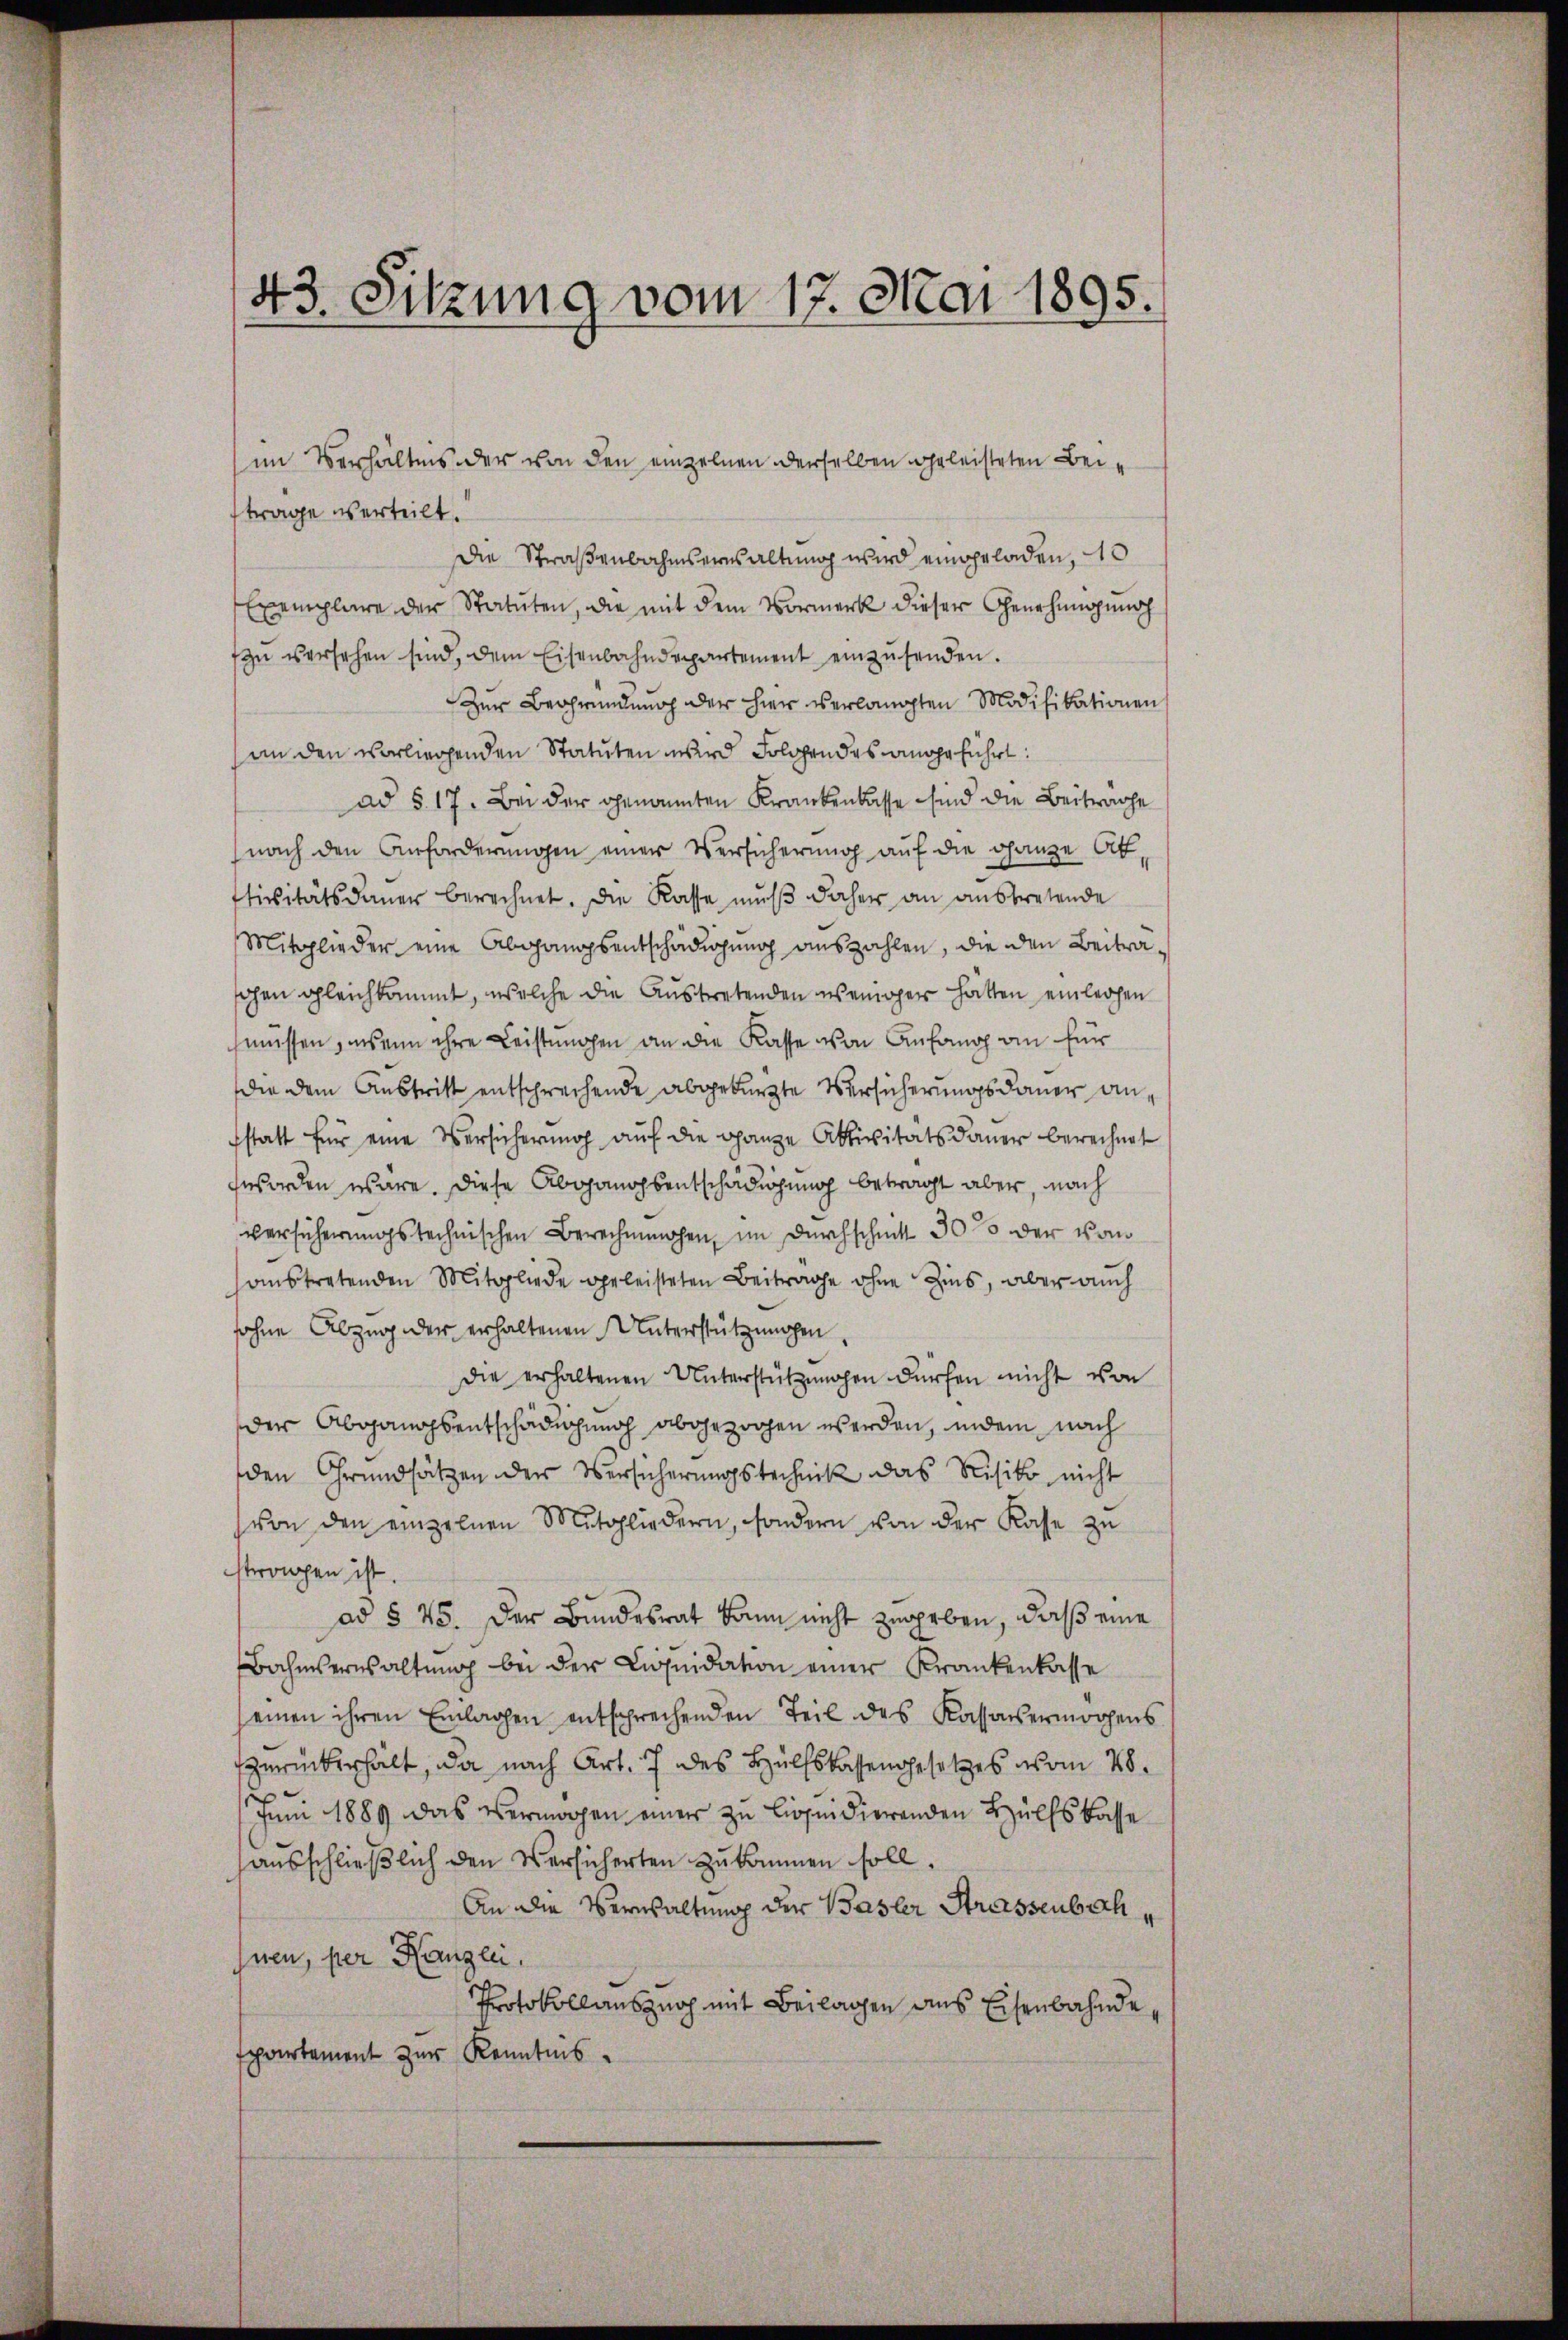
43. Sitzung vom 17. Mai 1895.

trage verteilt.
Die Straßenbahnsernsaltung wird eingeladen, 10
Exemplare der Statuten, die mit dem Vormerk dieser Genehmigung
zŭ versehen sind, dem Eisenbahndepartement einzŭsenden.
Zur Begründung der hier verlangten Modifikationen
an den vorliegenden Statuten wird Folgendes angeführt:
ad § 17. Bei der genannten Krankenkasse sind die Beitrage
nach den Anforderungen einer Versicherung auf die ganze Afstivitätsdaŭer berechnet. Die Kasse muß daher an ausbretende
Mitglieder eine Abgangsentschädigung auszahlen, die den Beitraschen gleichkommt, welche die Austretenden weniger hätten einleihen
müssen, insein ihre Leistungen an die Kasse von Anfang an für
die dem Austritt entschrechende abgekürzte Versicherungsdauer anstatt für eine Versicherung auf die ganze Aktivitätsdauer berechnet
worden wäre. Diese Abgangsentschädigung betragt aber, nach
versicherungstechnischen Berechnungen, im Durchschnitt 30% der vom
anstretenden Mitgliede geleisteten Beitrage ohne Zins, aber auch
ohne Abzug der erhaltenen Unterstützungen
die erhaltenen Unterstützungen dürfen nicht von
der Abgangsentschädigung abgezogen werden, indem nach
den Grundsätzen der Versicherungstechnik das Risiko nicht
von den einzelnen Mitgliedern, sondern von der Kasse zu
stropen ist.
ad § 45. Der Bundesrat kann nicht zugeben, daß eine
Bahmserwaltung bei der Liquidation einer Krankenkasse
einen ihren Einlagen entsprechenden Teil des Kassavermögens
zurückerhält, da nach Art. 7 des Hülfskassengesetzes vom 28.
Juni 1889 das Vermögen einer zu liquidierenden Hülfskasse
ausschließlich den Versicherten zukommen soll.
An die Verwaltung der Basler Strassenbach
nen, per Kanzlei,
Protokollauszuoch mit Beilagen aus Eisenbahndespartement zur Kenntnis.

im Verhältnis der von den einzelnen derselben geleisteten Bei¬